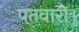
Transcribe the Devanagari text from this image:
पतवारी।